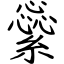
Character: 繠